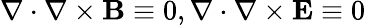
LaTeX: \nabla\cdot\nabla\times\mathbf{B}\equiv 0,\nabla\cdot\nabla\times\mathbf{E}\equiv 0